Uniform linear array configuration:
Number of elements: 8
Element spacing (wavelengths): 0.5
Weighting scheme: uniform
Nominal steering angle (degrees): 30
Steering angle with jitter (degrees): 30.352
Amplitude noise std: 0.05
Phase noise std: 0.05

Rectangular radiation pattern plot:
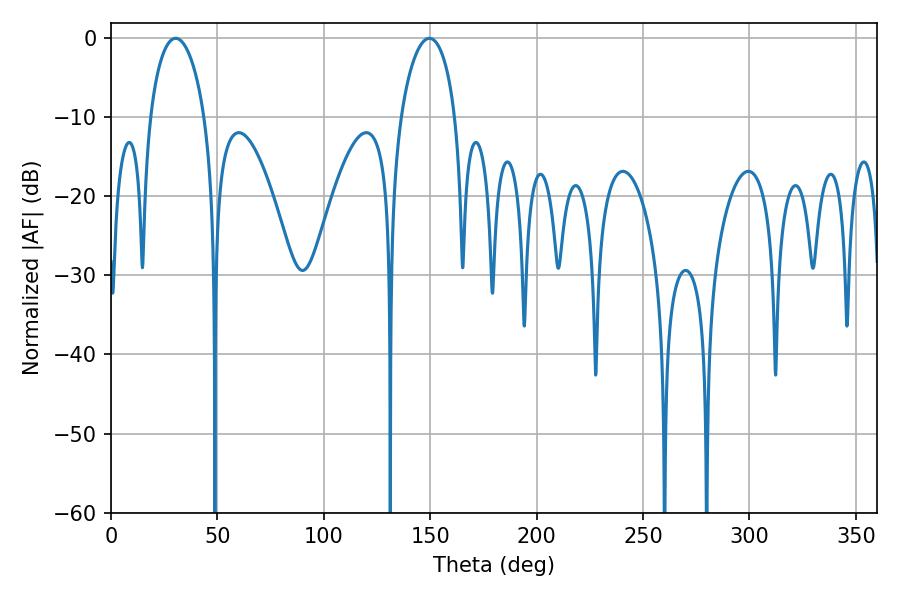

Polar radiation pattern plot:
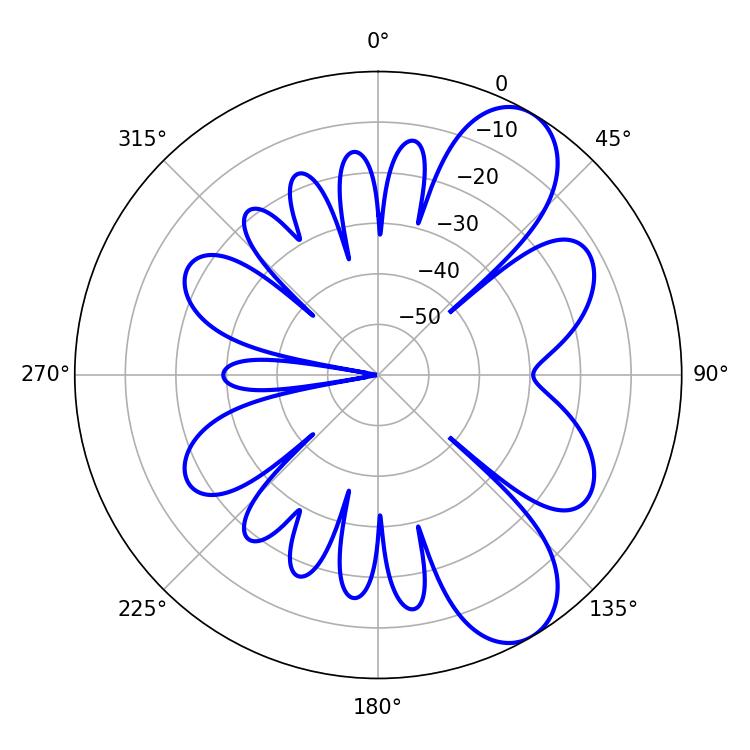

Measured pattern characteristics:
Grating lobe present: FALSE
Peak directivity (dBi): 8.392
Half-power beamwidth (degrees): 14.76
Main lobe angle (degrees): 30.42